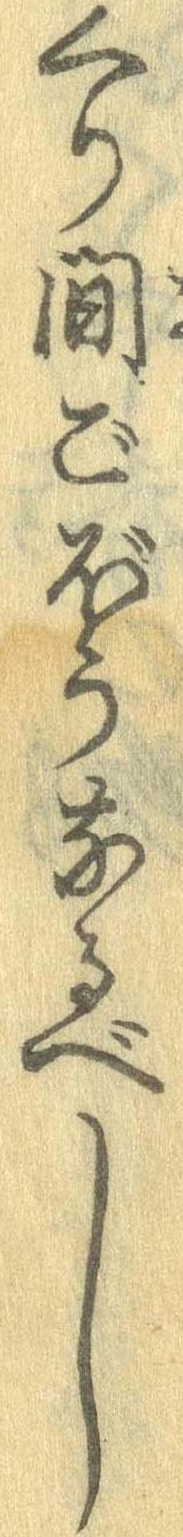
くり間ごぼうなるべし